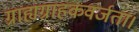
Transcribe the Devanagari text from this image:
ग्राह्यग्राहकवर्जता।